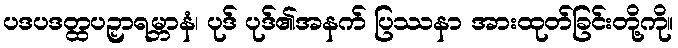
ပဒပဒတ္ထပဉှာရမ္ဘာနံ၊ ပုဒ် ပုဒ်၏အနက် ပြဿနာ အားထုတ်ခြင်းတို့ကို။